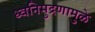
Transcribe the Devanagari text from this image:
ध्वनिमुद्रणामुळे